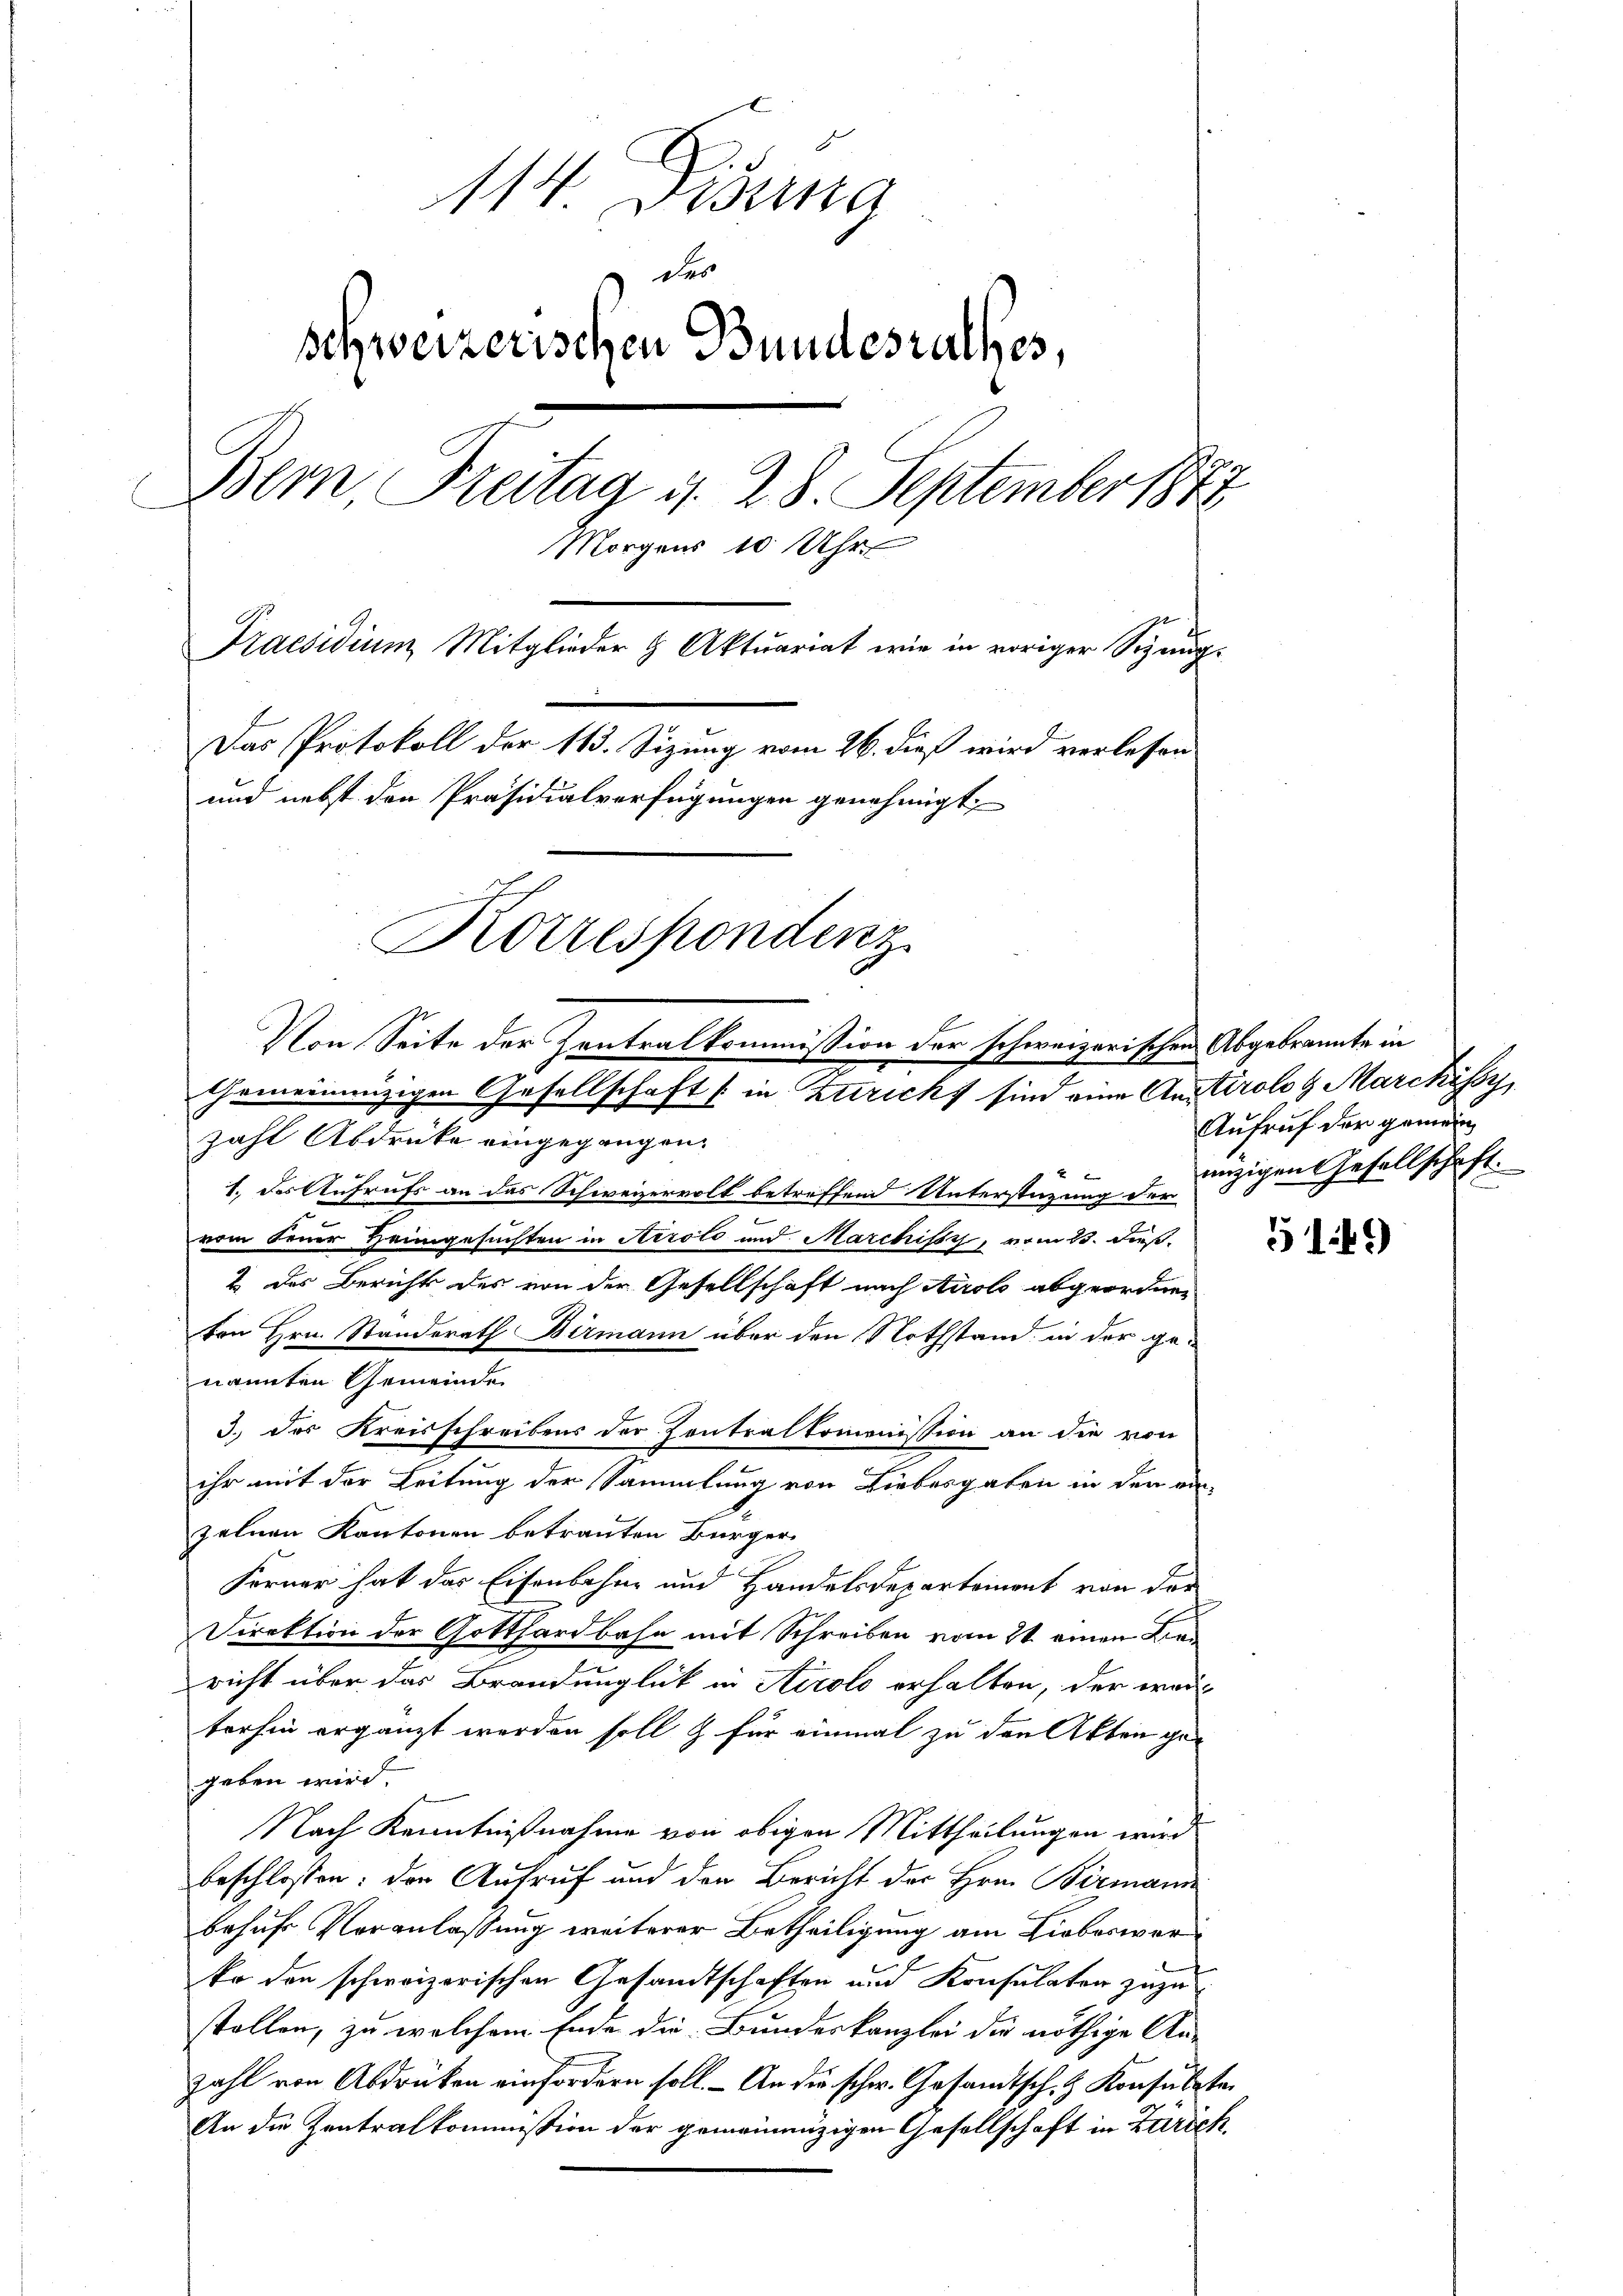
114. Fisung
des
schweizerischen Bundesrathes,
Bern, Freitag d. 28. September 1873
Morgens 10 Uhr
Praesidium Mitglieder & Aktuariat wie in voriger Sizung-
Das Protokoll der 113. Sizung vom 26. dieß wird verlesen
und nebst den Präsidialverfügungen genehmigt.
Korrespondenz
Von Seite der Zentralkommission der schweizerischen Abgebrannte in
Gemeinnüzigen Gesellschaft (in Zuricht sind eine Anstirolog Marchissy

zahl Abdrücke eingegangen.
1. des Aufrufs an das Schweizervolt betreffend Unterstüzung der
vom Feuer Heimgesuchten in Airolo und Marchissy, vom 23. dies
2 des Berichts des von der Gesellschaft nach Airolo abgeordnen
ton Hrn. Standerath Birmann über den Nothstand in der ge-
nannten Gemeinde
ihr mit der Leitung der Sammlung von Liebesgaben in den ein
zelnen Kantonen betrauten Bürger
Ferner hat das Eisenbahne und Handelsdepartement von der
Direktion der Gotthardbahn mit Schreiben vom 21. einen Ben
richt über das Brandunglück in Airolo erhalten, der weil
terhin ergänzt werden soll & für einmal zu den Akten gegeben wird.
Nach Kenntnißnahme von obigen Mittheilungen wird.
beschlossen: der Aufruf und den Bericht der Hrn. Birmann
behufs Veranlassung weiterer Betheiligung am Lieberwerko den schweizerischen Gesandtschaften und Konsulater zuzustollen, zu welchem Ende die Bundeskanzlei die nöthige An-
zahl von Abdrücken einfordern soll. - An die schw. Gesandtsch, z. Konsulaten
An die Zentralkommission der gemeinanzigen Gesellschaft in Zürich.

3.) des Kreisschreibens der Zentralkommnission an die von

Aufruf der gemein
enzigen Gesellschaft.

519)